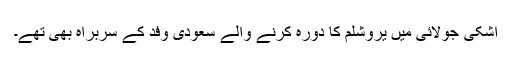
اشکی جولائی میں یروشلم کا دورہ کرنے والے سعودی وفد کے سربراہ بھی تھے۔